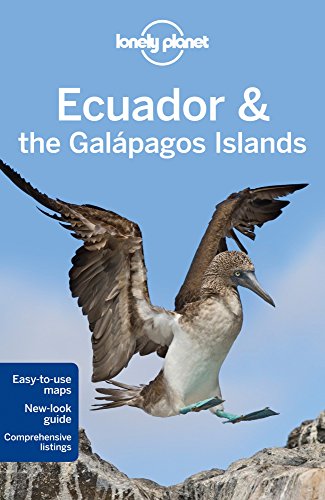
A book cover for Lonely Planet Ecuador & the Galapagos Islands (Travel Guide); Lonely Planet; Travel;